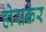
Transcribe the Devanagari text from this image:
होसकेर